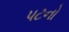
પટનો